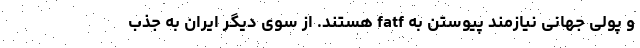
و پولی جهانی نیازمند پیوستن به fatf هستند. از سوی دیگر ایران به جذب